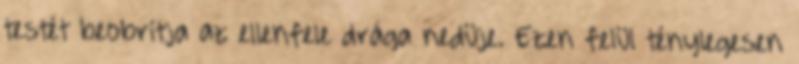
testét beobrítja az ellenfele drága nedüje. Ezen felül ténylegesen